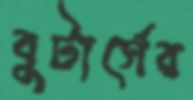
বুটার্সের